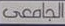
الجامعى